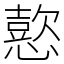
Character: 𢢶